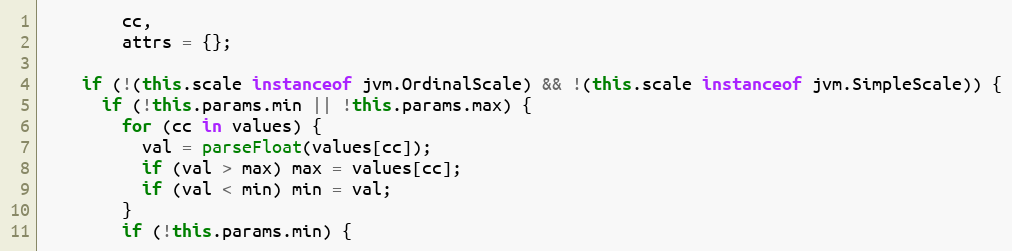
Language: JavaScript
        cc,
        attrs = {};

    if (!(this.scale instanceof jvm.OrdinalScale) && !(this.scale instanceof jvm.SimpleScale)) {
      if (!this.params.min || !this.params.max) {
        for (cc in values) {
          val = parseFloat(values[cc]);
          if (val > max) max = values[cc];
          if (val < min) min = val;
        }
        if (!this.params.min) {